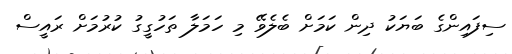
ސިފައިންގެ ބަޔަކު ދިން ކަމަށް ބެލެވޭ މި ހަަމަލާ ތަހުގީގު ކުރުމަށް ރައީސް